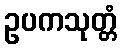
ဥပကသုတ္တံ